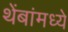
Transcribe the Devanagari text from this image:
थेंबांमध्ये